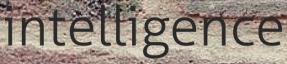
intelligence